Materia medica of Madras volume I
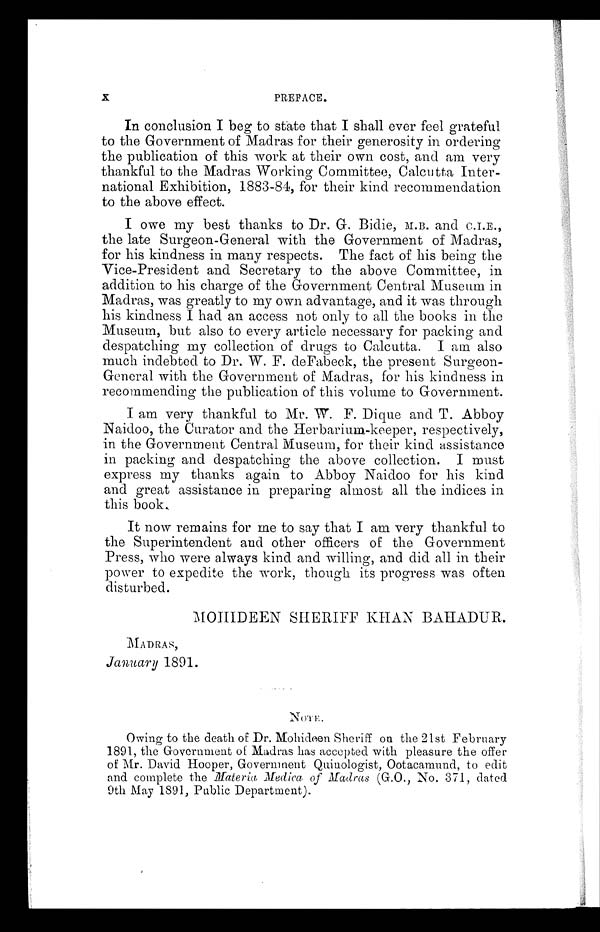
x
PREFACE.
In conclusion I beg to state that I shall ever feel grateful
to the Government of Madras for their generosity in ordering
the publication of this work at their own cost, and am very
thankful to the Madras Working Committee, Calcutta Inter-
national Exhibition, 1883-84, for their kind recommendation
to the above effect.
I owe my best thanks to Dr. G. Bidie, ALB. and C.I.E.,
the late Surgeon-General with the Government of Madras,
for his kindness in many respects. The fact of his being the
Vice-President and Secretary to the above Committee, in
addition to his charge of the Government Central Museum in
Madras, was greatly to my own advantage, and it was through
his kindness I had an access not only to all the books in the
Museum, but also to every article necessary for packing and
despatching my collection of drugs to Calcutta. I am also
much indebted to Dr. W. F. deFabeck, the present Surgeon-
General with the Government of Madras, for his kindness in
recommending the publication of this volume to Government.
I am very thankful to Mr. W . F. Dique and T. Abbey
Naidoo, the Curator and the Herbarium-keeper, respectively,
in the Government Central Museum, for their kind assistance
in packing and despatching the above collection. I must
express my thanks again to Abboy Naidoo for his kind
and great assistance in preparing almost all the indices in
this book,
It now remains for me to say that I am very thankful to
the Superintendent and other officers of the Government
Press, who were always kind and willing, and did all in their
power to expedite the work, though its progress was often
disturbed.
MOMDEEN SHERIFF KHAN BAHADUR.
MADRAS,
January 1891.
Owing to the death of Dr. Mohideen Sheriff on the 21st February
1891, the Government of Madras has accepted with pleasure the offer
of Mr. David Hooper, Government Quinologist, Ootacamund, to edit
and complete the Materia Media(' of ilfadras (G.O., No, 371, dated
9th May 1891, Public Department).